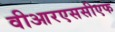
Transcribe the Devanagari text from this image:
वीआरएससीएफ